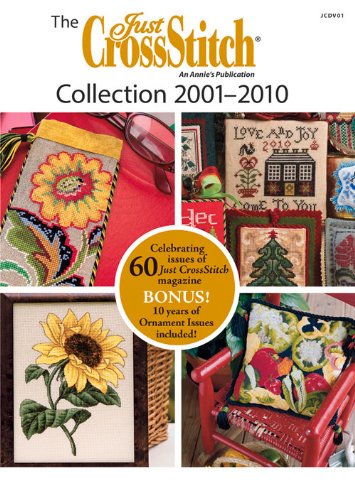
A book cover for The Just CrossStitch Collection 2001EE2010; Annie's; Crafts, Hobbies & Home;